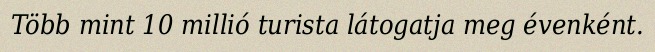
Több mint 10 millió turista látogatja meg évenként.